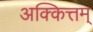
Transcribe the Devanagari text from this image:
अक्कित्तम्